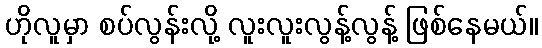
ဟိုလူမှာ စပ်လွန်းလို့ လူးလူးလွန့်လွန့် ဖြစ်နေမယ်။